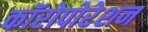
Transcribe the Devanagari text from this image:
कॉरोपोरेशन